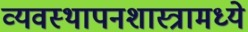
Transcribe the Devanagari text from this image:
व्यवस्थापनशास्त्रामध्ये